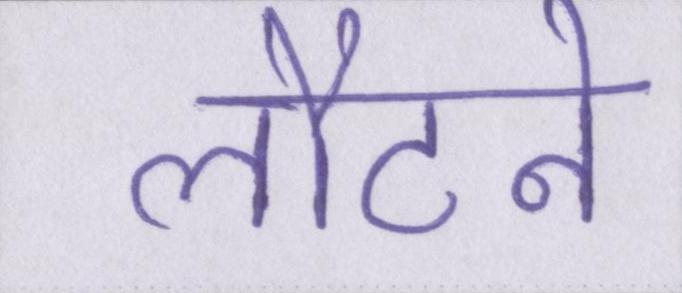
लौटने